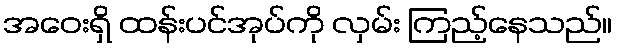
အဝေးရှိ ထန်းပင်အုပ်ကို လှမ်း ကြည့်နေသည်။